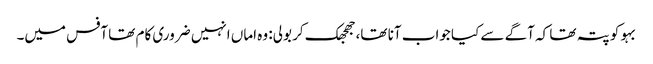
بہو کو پتہ تھا کہ آگے سے کیا جواب آنا تھا، جھجھک کر بولی: وہ اماں انہیں ضروری کام تھا آفس میں۔